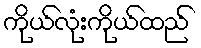
ကိုယ်လုံးကိုယ်ထည်